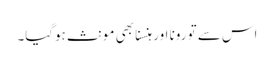
اس سے تو رونا اور ہنسنا بھی مونث ہوگیا۔